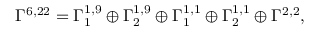
\Gamma ^ { 6 , 2 2 } = \Gamma _ { 1 } ^ { 1 , 9 } \oplus \Gamma _ { 2 } ^ { 1 , 9 } \oplus \Gamma _ { 1 } ^ { 1 , 1 } \oplus \Gamma _ { 2 } ^ { 1 , 1 } \oplus \Gamma ^ { 2 , 2 } ,